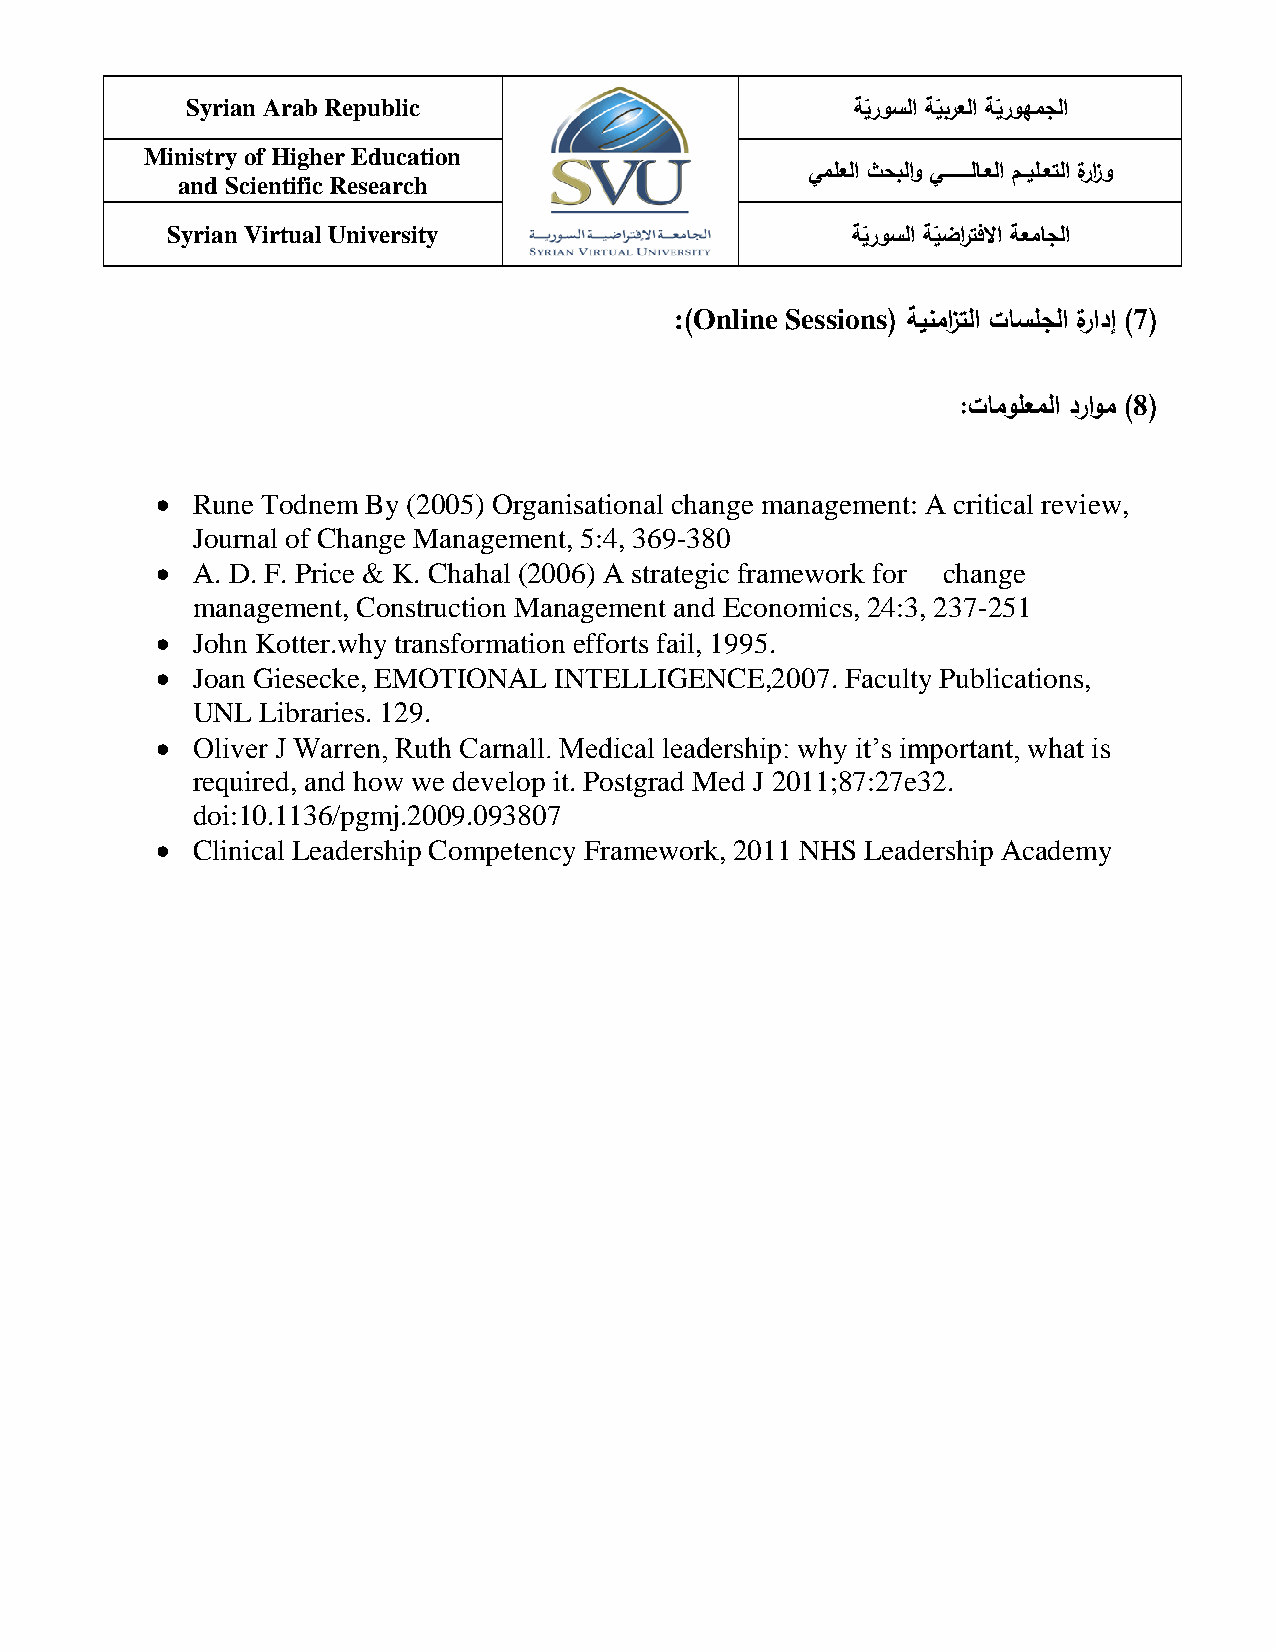
Syrian Arab Republic
 ةيروسلا ةيبرعلا ةيروهمجلا
 ّ    ّ   ّ
 Ministry of Higher Education
 يممعلا ثحبلاو يـــــــــلاـعلا مــيمـعتلا ةرزاو
 and Scientific Research
 Syrian Virtual University
 ةيروسلا ةيضراتفلاا ةعماجلا
 ّ    ّ
 : Online Sessions             7
 )             ( ةينمزاتلا تاسمجلا ةرادإ ) (
 8
 :تامومعملا دراوم ) (
   Rune Todnem By (2005) Organisational change management: A critical review,
 Journal of Change Management, 5:4, 369-380
   A. D. F. Price & K. Chahal (2006) A strategic framework for change
 management, Construction Management and Economics, 24:3, 237-251
   John Kotter.why transformation efforts fail, 1995.
   Joan Giesecke, EMOTIONAL INTELLIGENCE,2007. Faculty Publications,
 UNL Libraries. 129.
   Oliver J Warren, Ruth Carnall. Medical leadership: why it’s important, what is
 required, and how we develop it. Postgrad Med J 2011;87:27e32.
 doi:10.1136/pgmj.2009.093807
   Clinical Leadership Competency Framework, 2011 NHS Leadership Academy